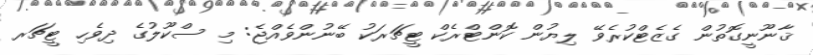
ޤާނޫނީގޮތުން ގެޒެޓްކުރެވޭ ލިޔުން ކޮންޓްރެކް ޓީޗަރަކު ބޭނުންވެއްޖެ: މި ސްކޫލުގެ ދިވެހި ޓީޗަރ